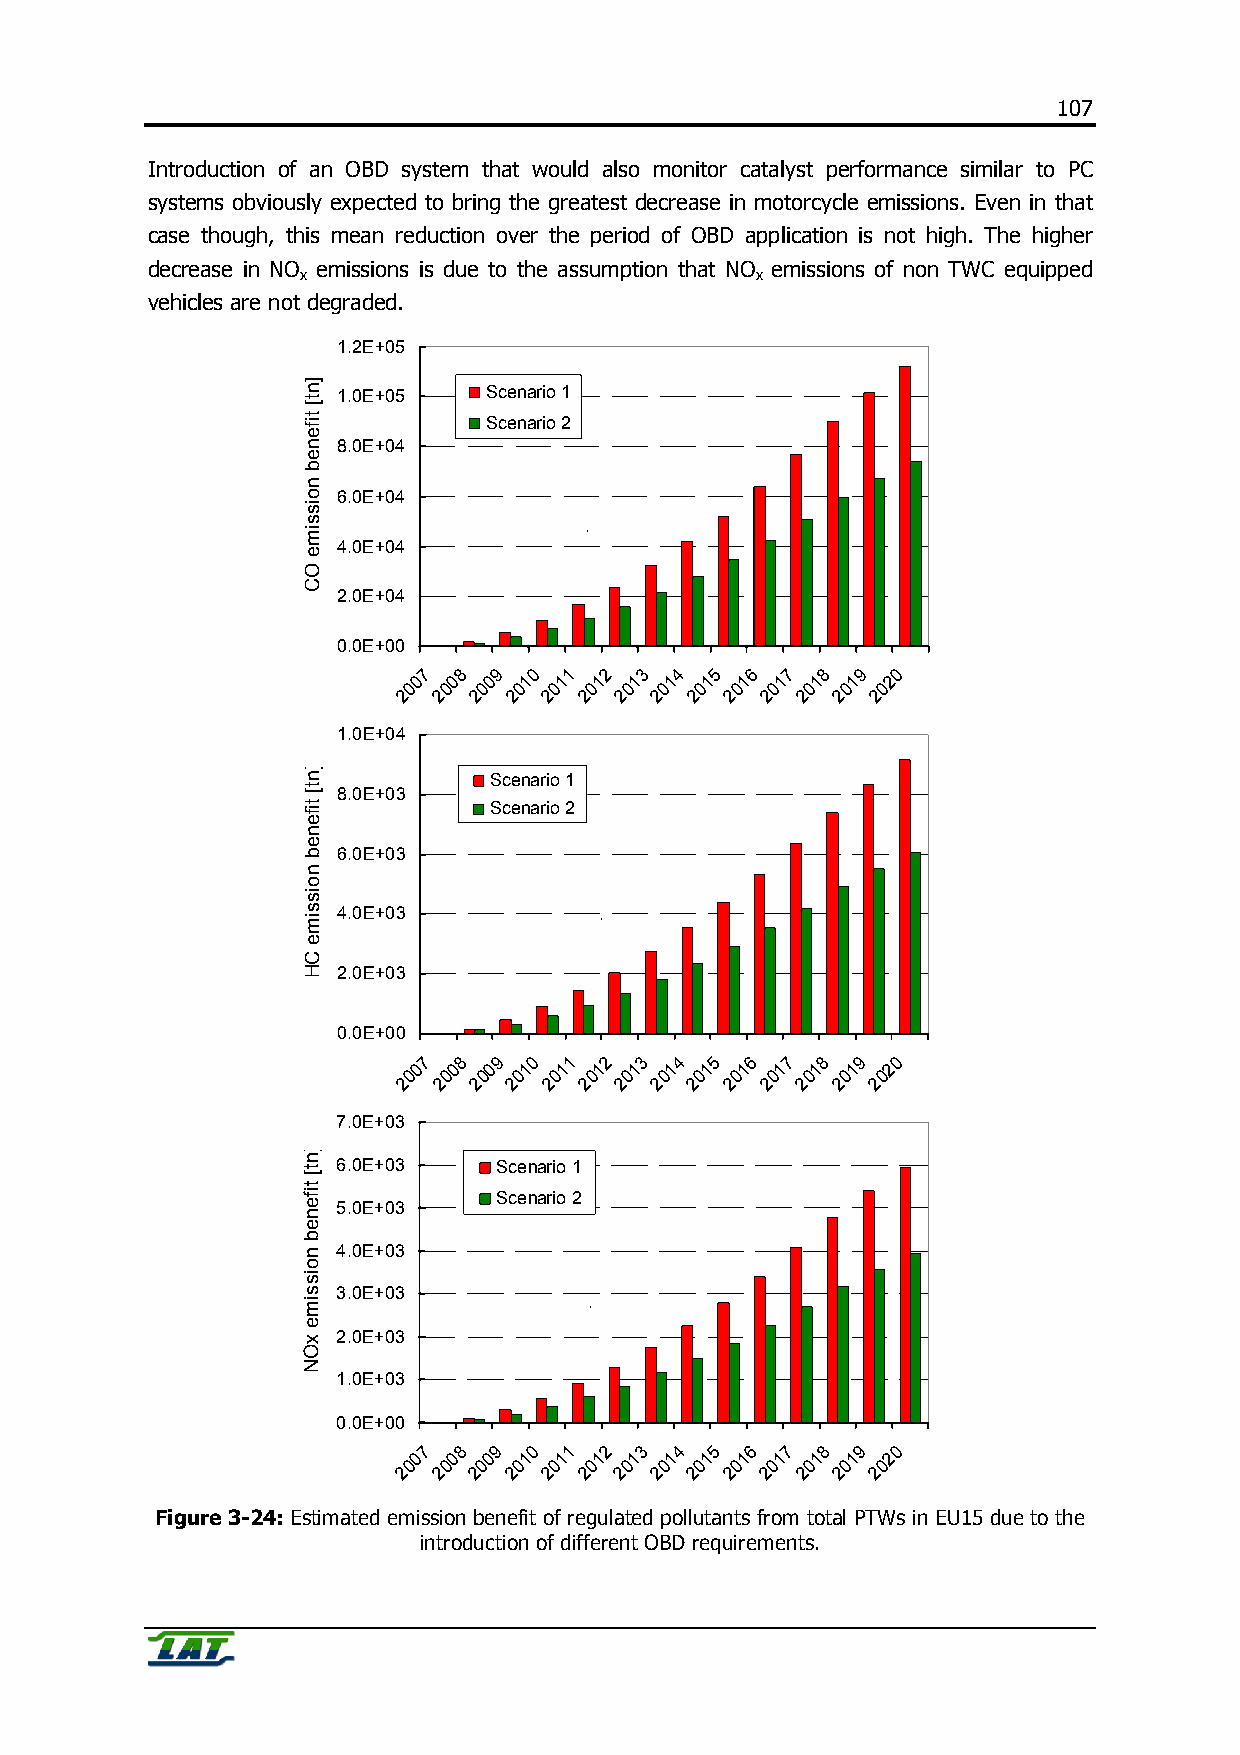
107
 Introduction of an OBD system that would also monitor catalyst performance similar to PC
 systems obviously expected to bring the greatest decrease in motorcycle emissions. Even in that
 case though, this mean reduction over the period of OBD application is not high. The higher
 decrease in NO emissions is due to the assumption that NO emissions of non TWC equipped
 x                             x
 vehicles are not degraded.
 1.2E+05
 1.0E+05   Scenario 1
 Scenario 2
 8.0E+04
 6.0E+04
 `
 4.0E+04
 2.0E+04
 0.0E+00
 7 8  9 0 1  2 3  4 5  6 7 8  9 0
 0  0 0  1 1 1  1 1  1 1 1  1 1  2
 0 0  0 0  0 0 0  0 0  0 0 0  0 0
 2  2 2  2 2  2 2 2  2 2  2 2 2  2
 1.0E+04
 Scenario 1
 8.0E+03
 Scenario 2
 6.0E+03
 4.0E+03
 `
 2.0E+03
 0.0E+00
 7 8  9 0  1 2 3  4 5  6 7 8  9 0
 0  0 0  1 1 1  1 1  1 1 1  1 1  2
 0 0  0 0  0 0 0  0 0  0 0 0  0 0
 2  2 2  2 2  2 2 2  2 2  2 2 2  2
 7.0E+03
 6.0E+03    Scenario 1
 Scenario 2
 5.0E+03
 4.0E+03
 3.0E+03
 `
 2.0E+03
 1.0E+03
 0.0E+00
 7 8  9 0 1  2 3  4 5  6 7 8  9 0
 0  0 0  1 1 1  1 1  1 1 1  1 1  2
 0 0  0 0  0 0 0  0 0  0 0 0  0 0
 2  2 2  2 2 2  2 2  2 2 2  2 2  2
 Figure 3-24: Estimated emission benefit of regulated pollutants from total PTWs in EU15 due to the
 introduction of different OBD requirements.
 ]nt[
 tifeneb
 noissime
 OC
 ]nt[
 tifeneb
 noissime
 CH
 ]nt[
 tifeneb
 noissime
 xON